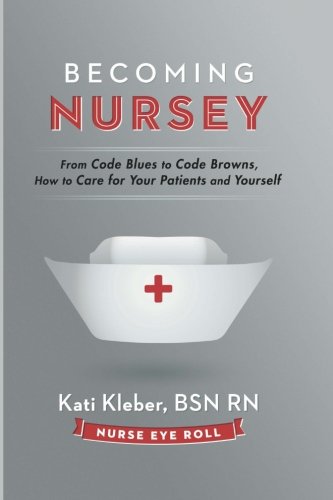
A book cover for Becoming Nursey: From Code Blues to Code Browns, How to Care for Your Patients and Yourself; Kati L. Kleber; Medical Books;